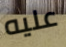
عليه